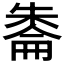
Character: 𪳔